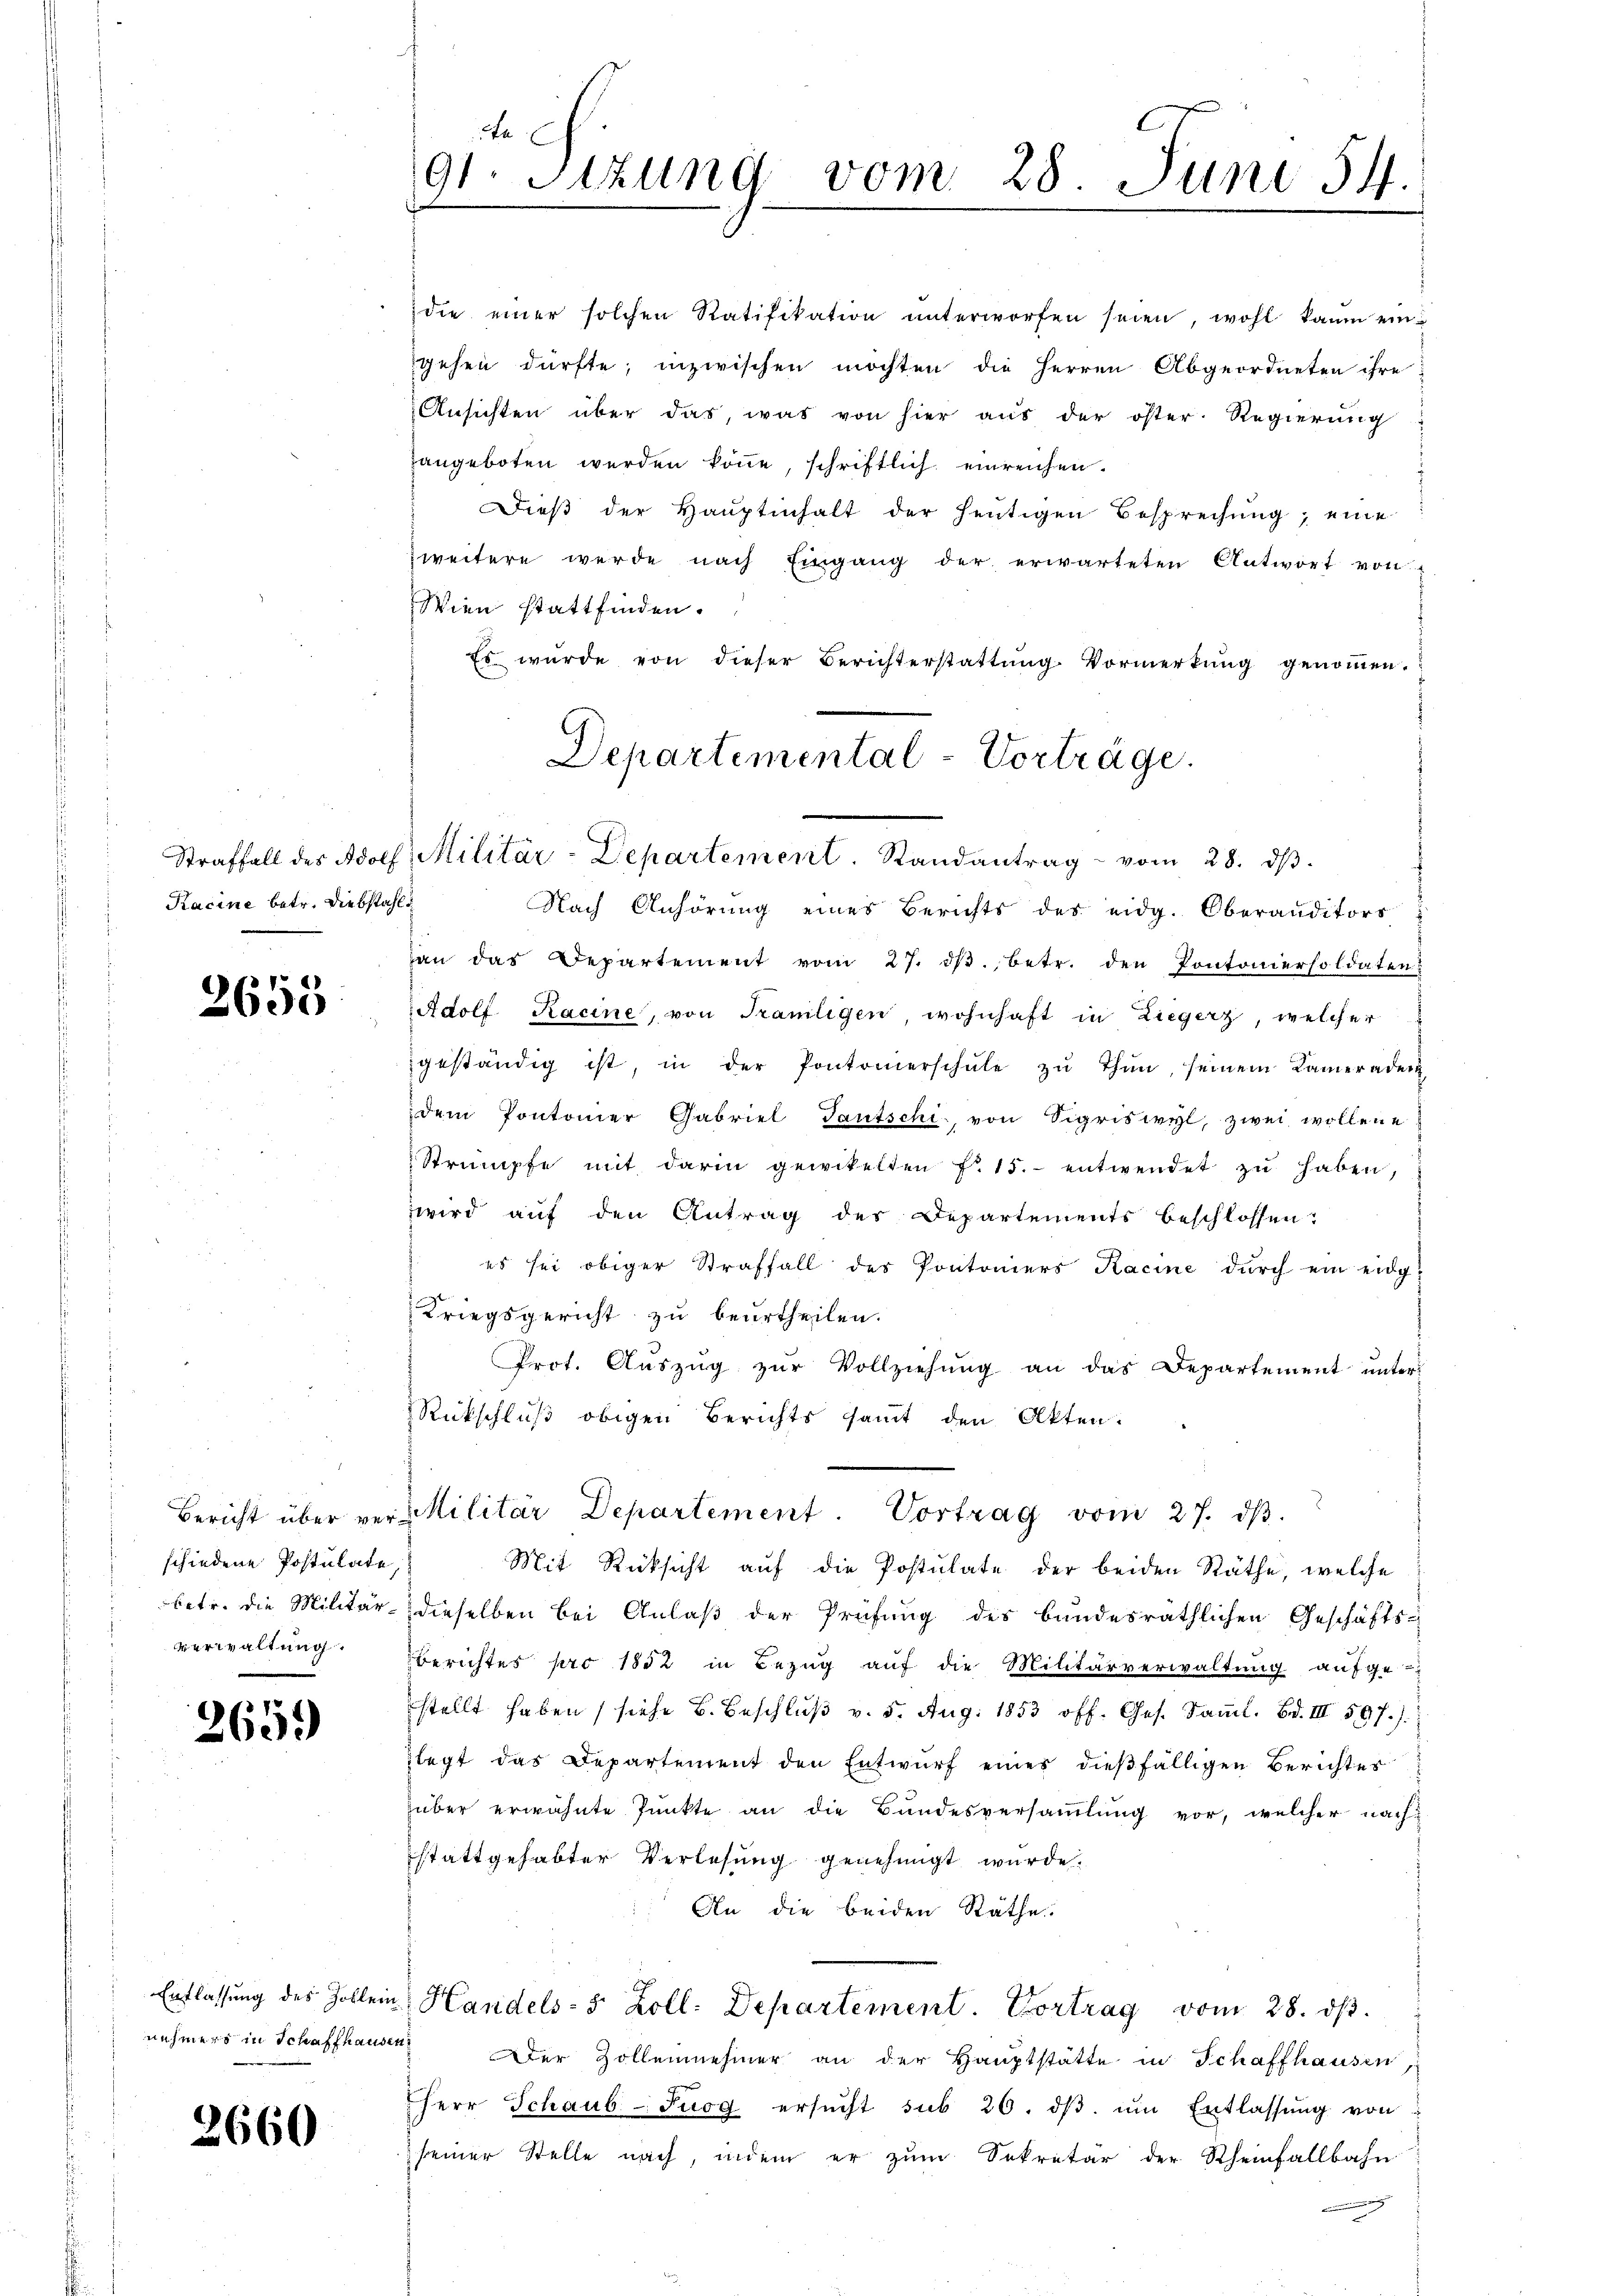
Kacine betr. Diebstahls

2655.

schiedene Postulate
verwaltung.

265.

2660

die einer solchen Ratifikation ŭnterworfen seien, wohl kaum ein
gehen dürfte; inzwischen möchten die Herren Abgeordneten ihre
Ansichten über das, was von hier aŭs der öster Regierung
angeboten werden könne, schriftlich einreichen.
Dieß der Haŭptinhalt der heutigen Besprechung, eine
zweitere werde nach Eingang der erwarteten Antwort von
Wien stattfinden.
Es würde von dieser Berichterstattŭng. Vormerkŭng genoṁen.
Nach Anhörung eines Berichts des eidg. Oberanditors
an das Departement vom 27. dβ. betr. den Pontoniersoldaten
Adolf Racine, von Samligen, wohnhaft in Liegerz, welcher
geständig ist, in der Pontomerschŭle zŭ thŭn, seinem Kameraden
dem Pontonier Gabriel Tautschi, von Sigriswyl, zwei wollene
Strümpfe mit darin gewitelten f. 15. entwendet zu haben,
wird auf den Antrag des Departements beschlossen:
es sei obiger Straffall des Pontoniers Kacine durch ein eidg-
Kriegsgericht zu beurtheilen.
Prot. Aŭszŭg zŭr Vollziehŭng an das Departement ŭnter
Rückschluß obigen Berichts sammt den Akten.
Bericht über ver-Militär Departement. Vortrag vom 27. dβ.
Mit Rücksicht auf die Postulate der beiden Räthe, welche
betr. die Militär- dieselben bei Anlaß der Prüfung des bundesräthlichen Geschäfts-
Berichtes pro 1882 in Bezug auf die Militärverwaltung aufge-
stellt haben (siehe B. Beschlŭβ v. 5. Aug. 1853 off. Ges. Samml. Bd. III 597.)
legt das Departement den Entwurf eines dießfälligen Berichtes
über erwähnte Punkte an die Bundesversammlung vor, welcher nachstattgehabter Verlesung genehmigt wurde.
An die beiden Räthe
Entlassung des Zollein Handels- 5 Zoll: Departement. Vortrag vom 28. dβ.
nehmers in Schaffhausen er Zollennehmer an der Hauptstätte in Schaffhausen,
Herr Schaub-Fuog ersŭcht sub 20. dβ ŭm Entlassŭng von
seiner Stelle nach, indem er zum Sekretär der Rheinfallbahn
nmengung

e
91. Stzung vom 28. Juni 54.

Departemental-Vorträge.
Straffall des Adolf Militär-Departement. Randantrag vom 28. dβ.